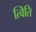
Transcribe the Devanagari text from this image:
त्विति